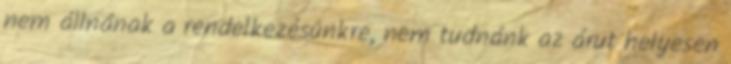
nem állnának a rendelkezésünkre, nem tudnánk az árut helyesen